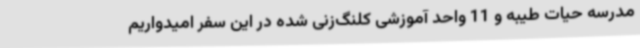
مدرسه حیات طیبه و 11 واحد آموزشی کلنگ‌زنی شده در این سفر امیدواریم